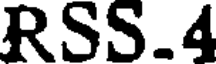
RSS.4